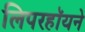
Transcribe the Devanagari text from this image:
लिपरहॉयने